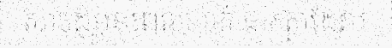
សាច់ដុំមុនពេលហាត់ ជាកត្តាដែល